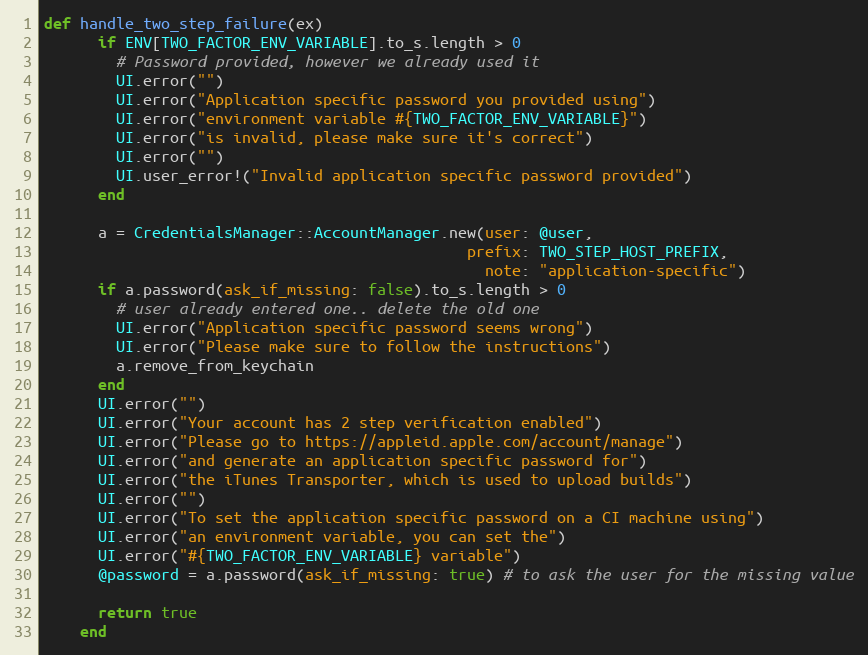
Language: Ruby
def handle_two_step_failure(ex)
      if ENV[TWO_FACTOR_ENV_VARIABLE].to_s.length > 0
        # Password provided, however we already used it
        UI.error("")
        UI.error("Application specific password you provided using")
        UI.error("environment variable #{TWO_FACTOR_ENV_VARIABLE}")
        UI.error("is invalid, please make sure it's correct")
        UI.error("")
        UI.user_error!("Invalid application specific password provided")
      end

      a = CredentialsManager::AccountManager.new(user: @user,
                                               prefix: TWO_STEP_HOST_PREFIX,
                                                 note: "application-specific")
      if a.password(ask_if_missing: false).to_s.length > 0
        # user already entered one.. delete the old one
        UI.error("Application specific password seems wrong")
        UI.error("Please make sure to follow the instructions")
        a.remove_from_keychain
      end
      UI.error("")
      UI.error("Your account has 2 step verification enabled")
      UI.error("Please go to https://appleid.apple.com/account/manage")
      UI.error("and generate an application specific password for")
      UI.error("the iTunes Transporter, which is used to upload builds")
      UI.error("")
      UI.error("To set the application specific password on a CI machine using")
      UI.error("an environment variable, you can set the")
      UI.error("#{TWO_FACTOR_ENV_VARIABLE} variable")
      @password = a.password(ask_if_missing: true) # to ask the user for the missing value

      return true
    end